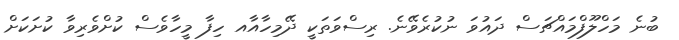
ބުނެ މަހްލޫފްމައްޗަސް ދައުވަ ނުކުރެވޭނެ. ރިސްވަތަކީ ދޭމިހާއާއ ހިފާ މީހާވެސް ކުށްވެރިވާ ކުށަކަށް